Mental hospitals Bombay report 1921-28 - 1921-1928
Year: 1921
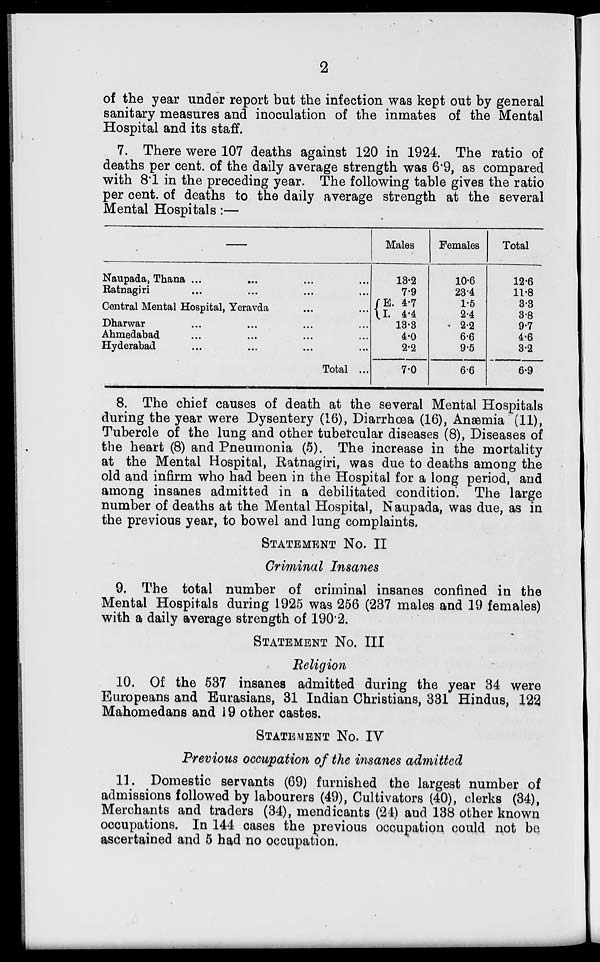
2
of the year under report but the infection was kept out by general
sanitary measures and inoculation of the inmates of the Mental
Hospital and its staff.
7. There were 107 deaths against 120 in 1924. The ratio of
deaths per cent. of the daily average strength was 6.9, as compared
with 8.1 in the preceding year. The following table gives the ratio
per cent. of deaths to the daily average strength at the several
Mental Hospitals :—
Naupada, Thana . . . . . . . . . ...
Ratnagiri ... ... ... ...
Central Mental Hospital, Yeravda ... ...
Dharwar ... ... ... ...
Ahmedabad ... ... ... ...
Hyderabad ... ... ... ...
Total ...
Males
13.2
7.9
E. 4.7
I. 4.4
13.3
4.0
2.2
7.0
Females
10.6
23.4
1.5
2.4
2.2
6.6
9.5
6.6
Total
12.6
11.8
3.3
3.8
9.7
4.6
3.2
6.9
8. The chief causes of death at the several Mental Hospitals
during the year were Dysentery (16), Diarrhœa (16), Anæmia (11),
Tubercle of the lung and other tubercular diseases (8), Diseases of
the heart (8) and Pneumonia (5). The increase in the mortality
at the Mental Hospital, Ratnagiri, was due to deaths among the
old and infirm who had been in the Hospital for a long period, and
among insanes admitted in a debilitated condition. The large
number of deaths at the Mental Hospital, Naupada, was due, as in
the previous year, to bowel and lung complaints.
STATEMENT No. II
Criminal Insanes
9. The total number of criminal insanes confined in the
Mental Hospitals during 1925 was 256 (237 males and 19 females)
with a daily average strength of 190.2.
STATEMENT No. III
Religion
10. Of the 537 insanes admitted during the year 34 were
Europeans and Eurasians, 31 Indian Christians, 331 Hindus, 122
Mahomedans and 19 other castes.
STATEMENT No. IV
Previous occupation of the insanes admitted
11. Domestic servants (69) furnished the largest number of
admissions followed by labourers (49), Cultivators (40), clerks (34),
Merchants and traders (34), mendicants (24) and 138 other known
occupations. In 144 cases the previous occupation could not be
ascertained and 5 had no occupation.